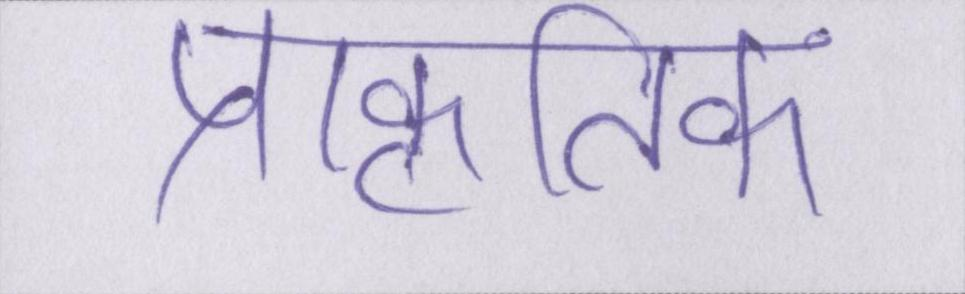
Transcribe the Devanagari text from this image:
प्राकृतिक